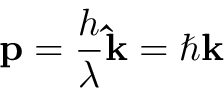
\mathbf { p } = { \frac { h } { \lambda } } \mathbf { \hat { k } } = \hbar \mathbf { k }